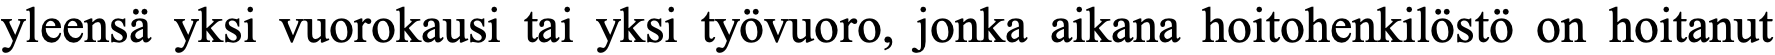
yleensä yksi vuorokausi tai yksi työvuoro, jonka aikana hoitohenkilöstö on hoitanut